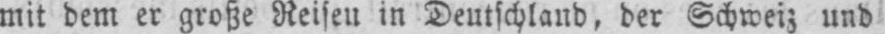
mit dem er große Reisen in Deutschland, der Schweiz und